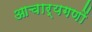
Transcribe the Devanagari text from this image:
आचार्यगणों